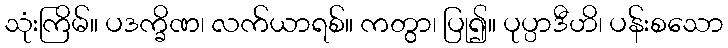
သုံးကြိမ်။ ပဒက္ခိဏ၊ လက်ယာရစ်။ ကတွာ၊ ပြု၍။ ပုပ္ပာဒီဟိ၊ ပန်းစသော